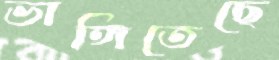
ভাঙ্গিতেছে